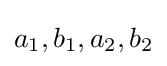
a_{1},b_{1},a_{2},b_{2}